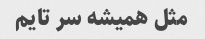
مثل همیشه سر تایم